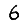
Digit: 6